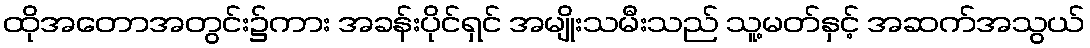
ထိုအတောအတွင်း၌ကား အခန်းပိုင်ရှင် အမျိုးသမီးသည် သူ့မတ်နှင့် အဆက်အသွယ်